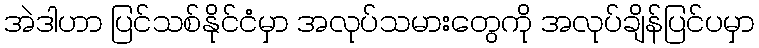
အဲဒါဟာ ပြင်သစ်နိုင်ငံမှာ အလုပ်သမားတွေကို အလုပ်ချိန်ပြင်ပမှာ